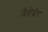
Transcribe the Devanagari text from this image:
दिल्लेंजेर